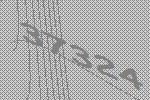
37324